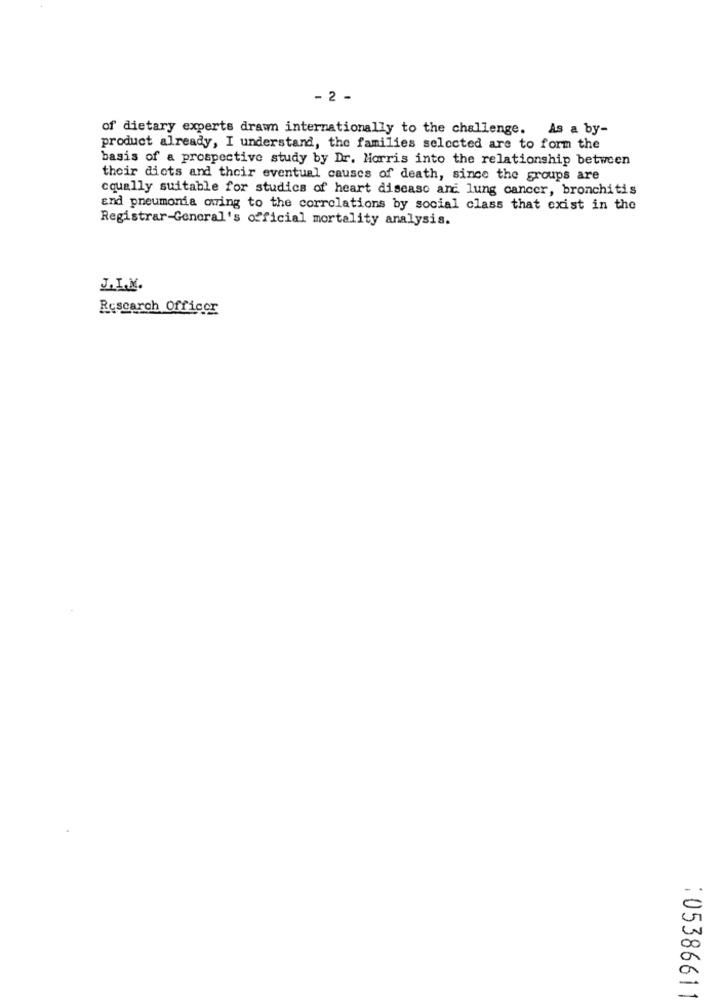
- 2 -
of dietary experts drawn internationally to the challenge. As a by-
product already, I understand, the families selected are to form the
basis of a prospective study by Dr. Morris into the relationship between
their diets and their eventual causes of death, since the groups are
cqually suitable for studics of heart disease and lung cancer, bronchitis
and pneumonia owing to the correlations by social class that exist in the
Registrar-General's official mortality analysis.
J.I.M.
Rescarch Officer
:05386611